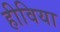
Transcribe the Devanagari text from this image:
हीविया